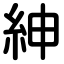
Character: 紳